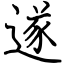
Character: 遂